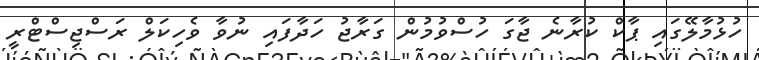
ހުޅުމާލޭގައި ޕާކް ކުރާނެ ޖާގަ ހުސްވުމުން ގަރާޖު ހަދާފައި ނުވާ ވެހިކަލް ރަސްޖިސްޓްރީ